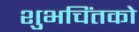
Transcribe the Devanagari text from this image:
शुभचिंतको